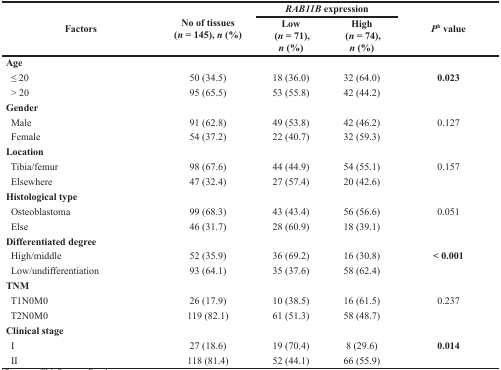
<table><thead><tr><td rowspan="2"><b>Factors</b></td><td rowspan="2"><b>No of tissues (<i>n</i> = 145), <i>n</i> (%)</b></td><td colspan="2"><b><i>RAB11B</i> expression</b></td><td rowspan="2"><b><i>P</i><sup>b</sup> value</b></td></tr><tr><td><b>Low (<i>n</i> = 71), <i>n</i> (%)</b></td><td><b>High (<i>n</i> = 74), <i>n</i> (%)</b></td></tr></thead><tbody><tr><td><b>Age</b></td><td></td><td></td><td></td><td></td></tr><tr><td> ≤ 20</td><td>50 (34.5)</td><td>18 (36.0)</td><td>32 (64.0)</td><td><b>0.023</b></td></tr><tr><td> &gt; 20</td><td>95 (65.5)</td><td>53 (55.8)</td><td>42 (44.2)</td><td></td></tr><tr><td><b>Gender</b></td><td></td><td></td><td></td><td></td></tr><tr><td> Male</td><td>91 (62.8)</td><td>49 (53.8)</td><td>42 (46.2)</td><td>0.127</td></tr><tr><td> Female</td><td>54 (37.2)</td><td>22 (40.7)</td><td>32 (59.3)</td><td></td></tr><tr><td><b>Location</b></td><td></td><td></td><td></td><td></td></tr><tr><td> Tibia/femur</td><td>98 (67.6)</td><td>44 (44.9)</td><td>54 (55.1)</td><td>0.157</td></tr><tr><td> Elsewhere</td><td>47 (32.4)</td><td>27 (57.4)</td><td>20 (42.6)</td><td></td></tr><tr><td><b>Histological type</b></td><td></td><td></td><td></td><td></td></tr><tr><td> Osteoblastoma</td><td>99 (68.3)</td><td>43 (43.4)</td><td>56 (56.6)</td><td>0.051</td></tr><tr><td> Else</td><td>46 (31.7)</td><td>28 (60.9)</td><td>18 (39.1)</td><td></td></tr><tr><td><b>Differentiated degree</b></td><td></td><td></td><td></td><td></td></tr><tr><td> High/middle</td><td>52 (35.9)</td><td>36 (69.2)</td><td>16 (30.8)</td><td><b>&lt; 0.001</b></td></tr><tr><td> Low/undifferentiation</td><td>93 (64.1)</td><td>35 (37.6)</td><td>58 (62.4)</td><td></td></tr><tr><td><b>TNM</b></td><td></td><td></td><td></td><td></td></tr><tr><td> T1N0M0</td><td>26 (17.9)</td><td>10 (38.5)</td><td>16 (61.5)</td><td>0.237</td></tr><tr><td> T2N0M0</td><td>119 (82.1)</td><td>61 (51.3)</td><td>58 (48.7)</td><td></td></tr><tr><td><b>Clinical stage</b></td><td></td><td></td><td></td><td></td></tr><tr><td> I</td><td>27 (18.6)</td><td>19 (70.4)</td><td>8 (29.6)</td><td><b>0.014</b></td></tr><tr><td> II</td><td>118 (81.4)</td><td>52 (44.1)</td><td>66 (55.9)</td><td></td></tr></tbody></table>